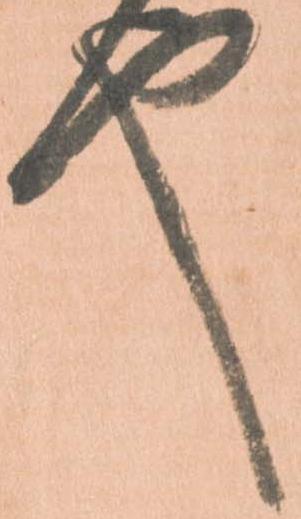
也